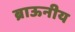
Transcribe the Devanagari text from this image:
ब्राऊनीय